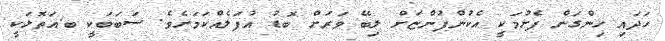
ހަދައި ހިންގަން ފެށުމަކީ އެކުންފުންޏަށް ލިބޭ ވަރަށް ބޮޑު އުފަލެއްކަމަށެވެ. ސަބަބަކީ ބ.އަތޮޅަކީ